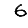
Digit: 6